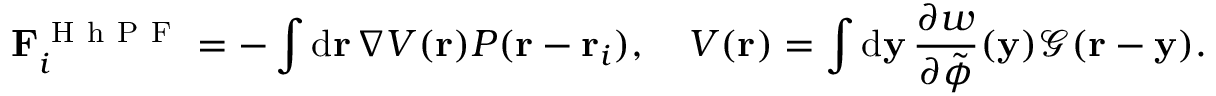
\mathbf { F } _ { i } ^ { \mathrm { ~ H ~ h ~ P ~ F ~ } } = - \int \mathrm { d } \mathbf { r } \, \nabla V ( \mathbf { r } ) P ( \mathbf { r } - \mathbf { r } _ { i } ) , \quad V ( \mathbf { r } ) = \int \mathrm { d } \mathbf { y } \, \frac { \partial w } { \partial \tilde { \phi } } ( \mathbf { y } ) \mathcal { G } ( \mathbf { r } - \mathbf { y } ) .